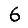
Digit: 6